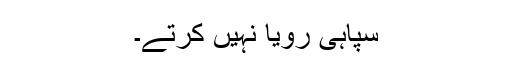
سپاہی رویا نہیں کرتے۔